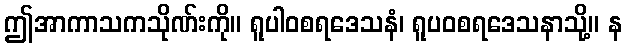
ဤအာကာသကသိုဏ်းကို။ ရူပါဝစရဒေသနံ၊ ရူပဝစရဒေသနာသို့။ န